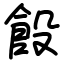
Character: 䬦